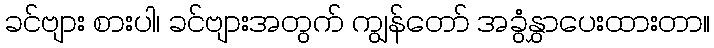
ခင်ဗျား စားပါ၊ ခင်ဗျားအတွက် ကျွန်တော် အခွံနွှာပေးထားတာ။